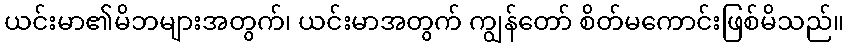
ယင်းမာ၏မိဘများအတွက်၊ ယင်းမာအတွက် ကျွန်တော် စိတ်မကောင်းဖြစ်မိသည်။